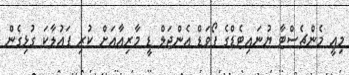
މިއީ މެންޗެސްޓާ ޔުނައިޓެޑްގެ ފޯވަޑް އެންޖަލް ޑީ މާރިއާއަށް ކުރި ފައުލާކަ ގުޅިގެން